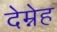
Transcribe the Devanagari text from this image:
देम्नेह